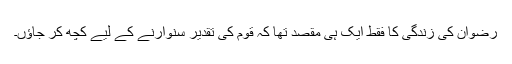
رضوان کی زندگی کا فقط ایک ہی مقصد تھا کہ قوم کی تقدیر سنوارنے کے لیے کچھ کر جاؤں۔